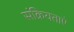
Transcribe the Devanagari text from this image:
संक्रियताएं